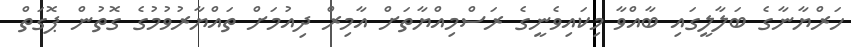
ހަރްޔާނާގެ ބަލާލީގައި ބާއްވާ މިކައިވެނީގެ ރަސްމިއްޔާތަށް އާމިރް ދިއުމަށް ތައްޔާރުވުމުގެ ގޮތުން ޕޮގަތް